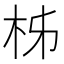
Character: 柹